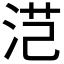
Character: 𭰜